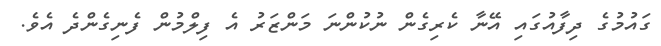
ގައުމުގެ ދިފާއުގައި އޭނާ ކެރިގެން ނުކުންނަ މަންޒަރު އެ ފިލްމުން ފެނިގެންދެ އެވެ.